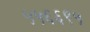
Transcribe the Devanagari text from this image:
५५६६९५